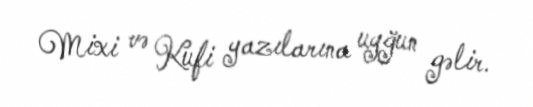
Mixi və Kufi yazılarına uyğun gəlir.